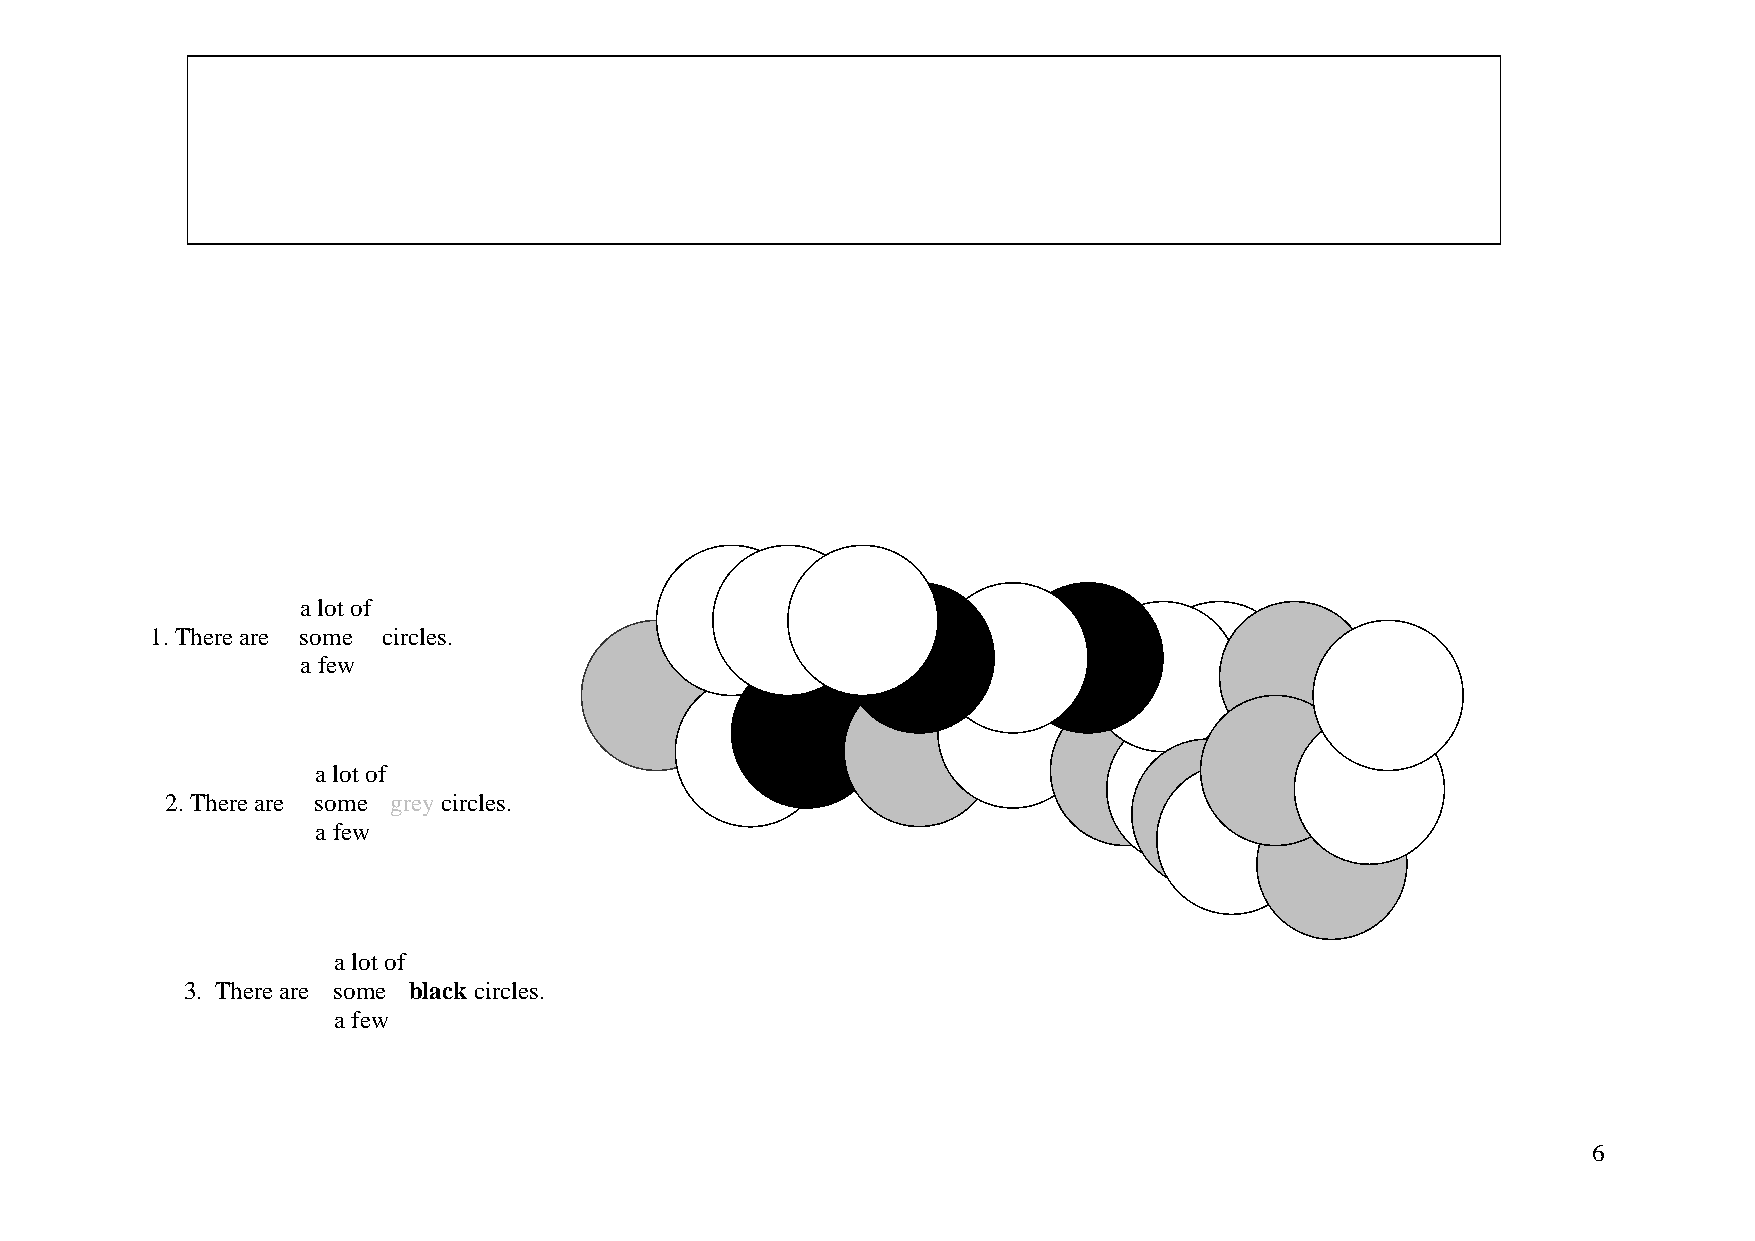
a lot of
 1. There are some circles.
 a few
 a lot of
 2. There are some grey circles.
 a few
 a lot of
 3. There are some black circles.
 a few
 6